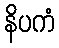
နိပကံ